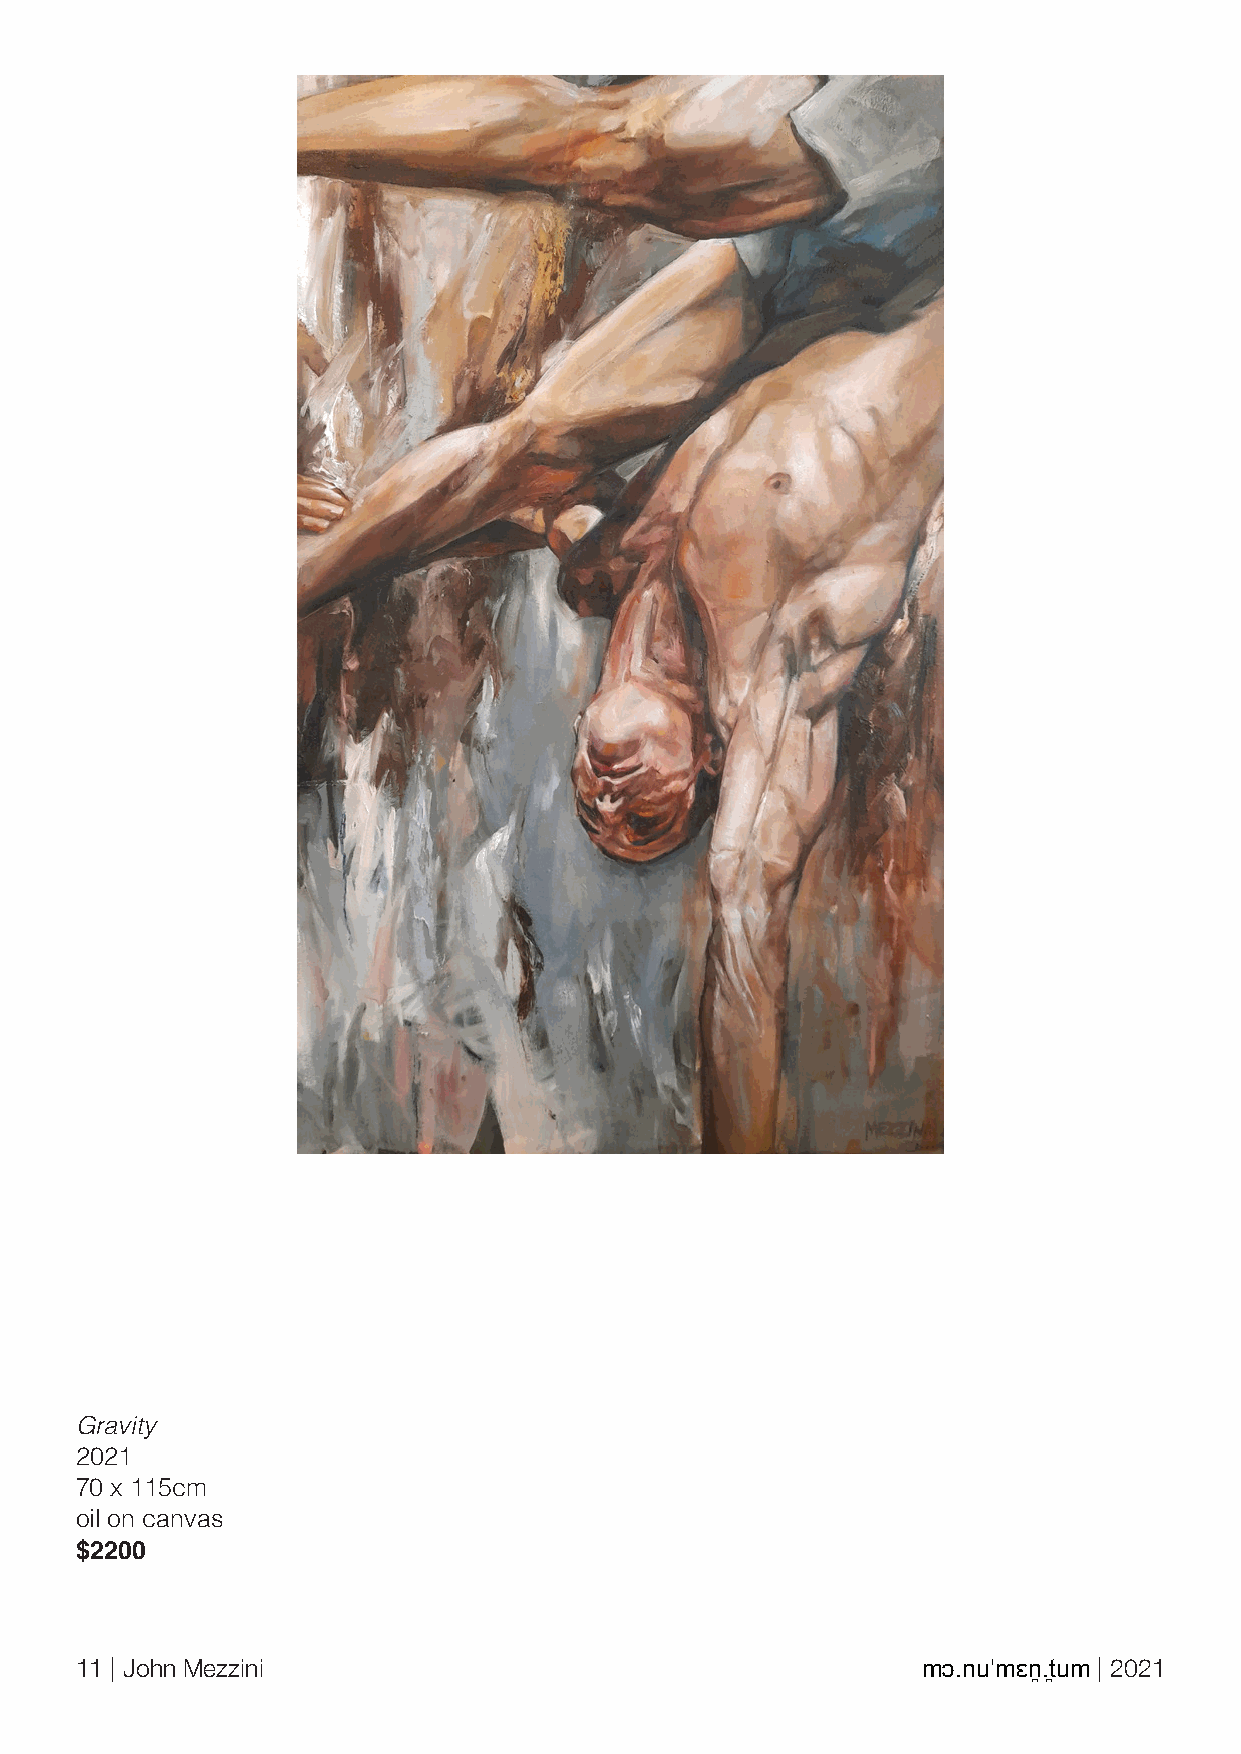
Gravity
 2021
 70 x 115cm
 oil on canvas
 $2200
 11 | John Mezzini                                       mɔ.nuˈmɛn̪.t̪um | 2021